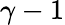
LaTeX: \gamma-1